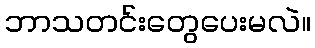
ဘာသတင်းတွေပေးမလဲ။